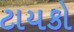
ટાયકો